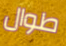
طوال